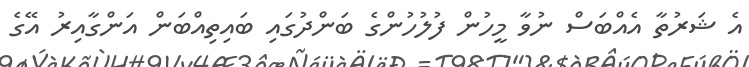
އެ ޝަރުތާ އެއްބަސް ނުވާ މީހުން ފުލުހުންގެ ބަންދުގައި ބައިތިއްބަން އަންގާއިރު އޭގެ